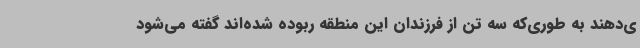
ی‌دهند به طوری‌که سه تن از فرزندان این منطقه ربوده شده‌اند گفته می‌شود